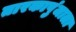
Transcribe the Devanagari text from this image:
तारकापुंजाला